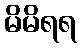
မိမိရရ